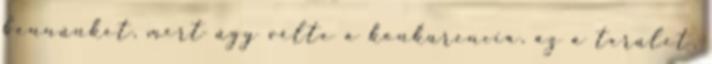
bennünket, mert úgy vélte a konkurencia, az a terület,